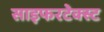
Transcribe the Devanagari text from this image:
साइफरटेक्स्ट